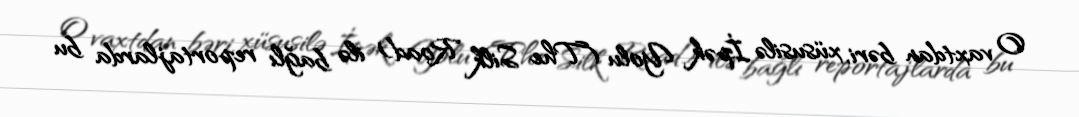
O vaxtdan bəri, xüsusilə İpək Yolu (The Silk Road) ilə bağlı reportajlarda bu